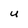
Character: U